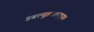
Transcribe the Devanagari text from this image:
डबल्यूडबल्यूएफ़